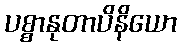
ပစ္စာနုတာပိနိယော